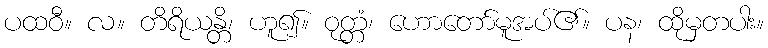
ပထဝီ။ လ။ တိရိယန္တိ၊ ဟူ၍။ ဝုတ္တံ၊ ဟောတော်မူအပ်၏။ ပန၊ ထိုမှတပါး။